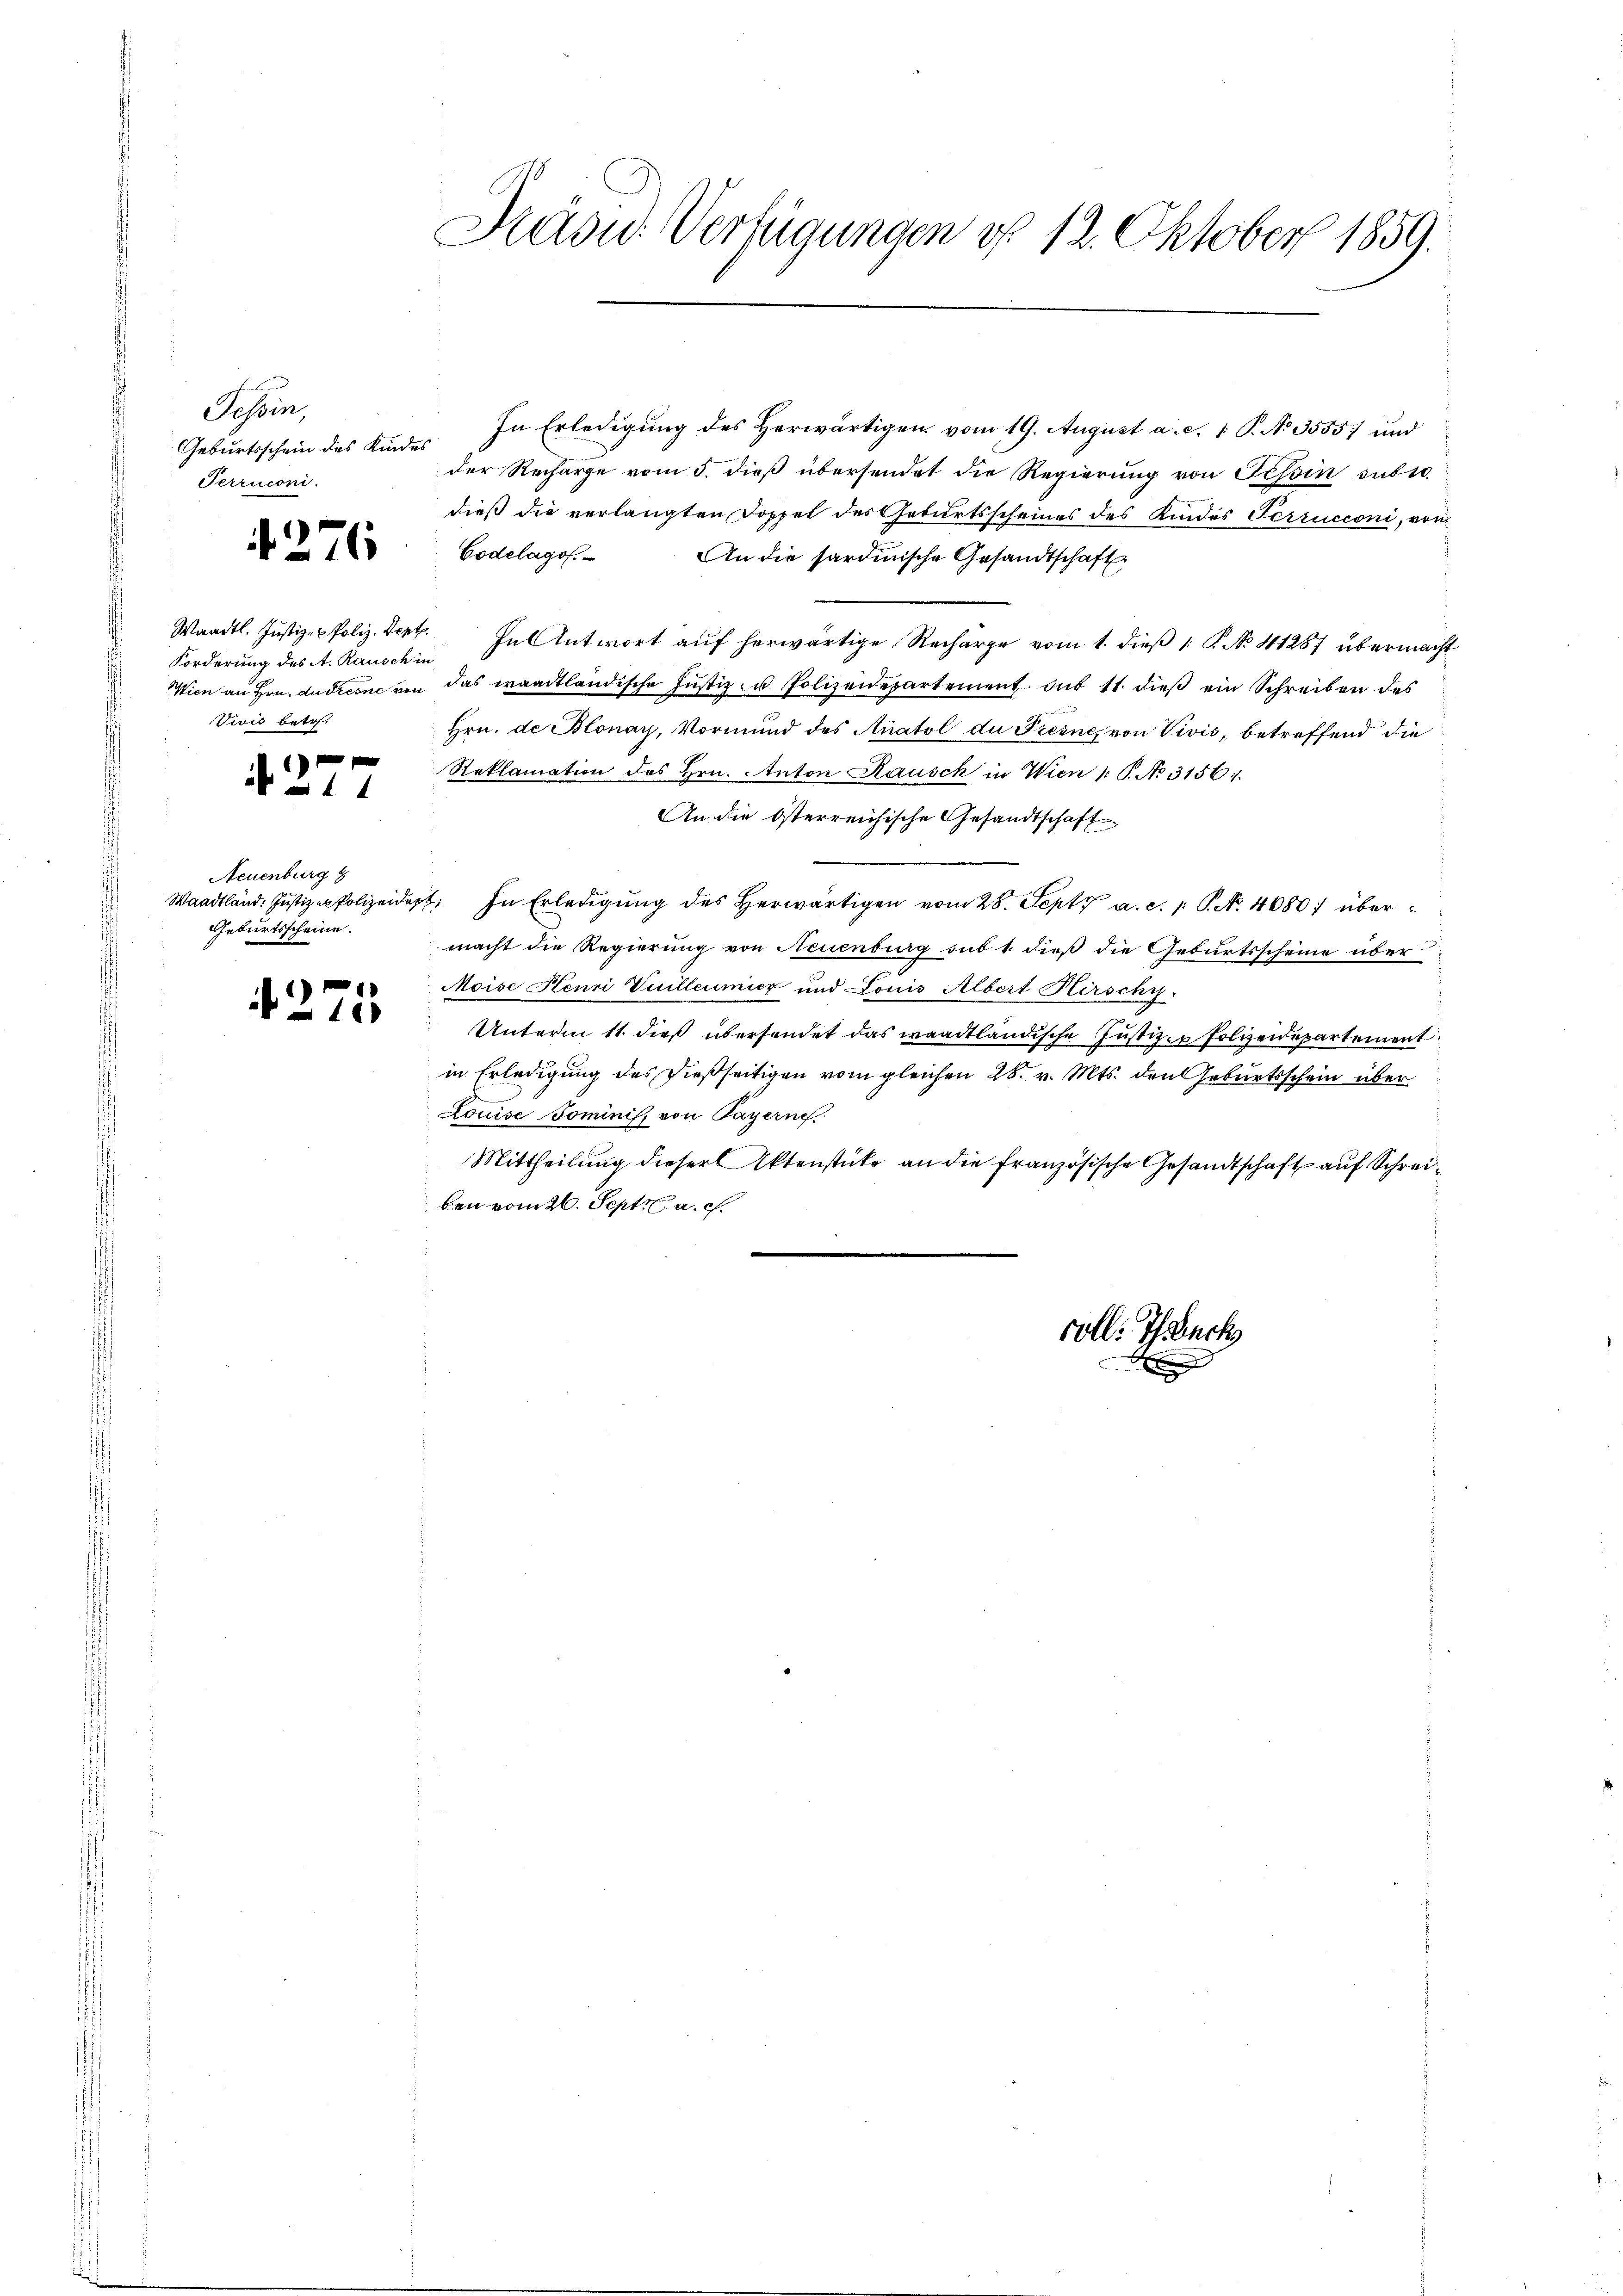
Tessin,
Geburtsschein des Kindes
Perruconi.

4276

Forderung des A. Rausch in
Vivić betr.

1 xx
ab in

Neuenburg g
Geburtsscheine.

4275

Käsu. Verfügungen d. 12. Oktober 1859.

In Erledigung des herwärtigen vom 19. August a. c. 1 S. No 3555) und
der Recharge vom 5. dieß übersendet die Regierung von Tessin subro
dieß die verlangten Doppel des Geburtsscheines des Kindes Terrucconi, von
Codelago.
An die sardinische Gesandtschaft
Waadt. Justiz- & Poliz. Vert. In Antwort auf herwärtige Recharge vom 1. dieß 1 R. No. 41287 übermacht
Wien an Hrn. Auctione von das waadtländische Justiz- u. Polizeidepartement du 11. dieß ein Schreiben des
Hrn. de Blonay, Vormund des Anatol du Tiesne, von Vivis, betreffend die
Reklamation des Hrn. Anton Rausch in Wien 1 S. No 3156;
An die österreichische Gesandtschaft
Waadtländ. Jŭstiz-Polizeidet. In Erledigŭng des herwärtigen vom 28. Sept. a. c. 1. P. N. 4680) übermacht die Regierung von Neuenburg sub 1. dieß die Geburtsscheine über
Moise Henri Vuilleumier und Louis Albert Hirschy.
Unterm 11. dieß übersendet das waadtländische Justiz- Polizeidepartement
in Erledigung des dießseitigen vom gleichen 28. v. Mts. den Geburtsschein über
Louise Dominis, von Payerne
Mittheilung dieser Aktenstüke an die französische Gesandtschaft auf Schreiben vom 26. Sept. a. c.

volle Teuch
n
t